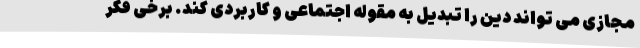
مجازی می تواند دین را تبدیل به مقوله اجتماعی و کاربردی کند. برخی فکر